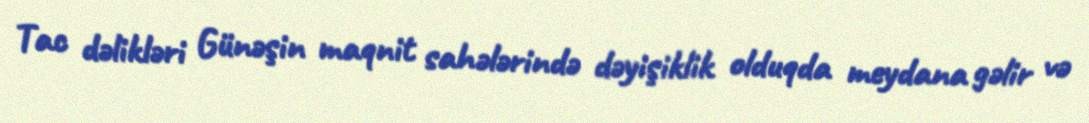
Tac dəlikləri Günəşin maqnit sahələrində dəyişiklik olduqda meydana gəlir və